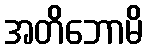
အတိဘောမိ